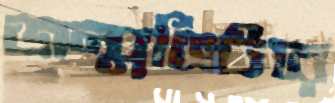
জন্মভিটার